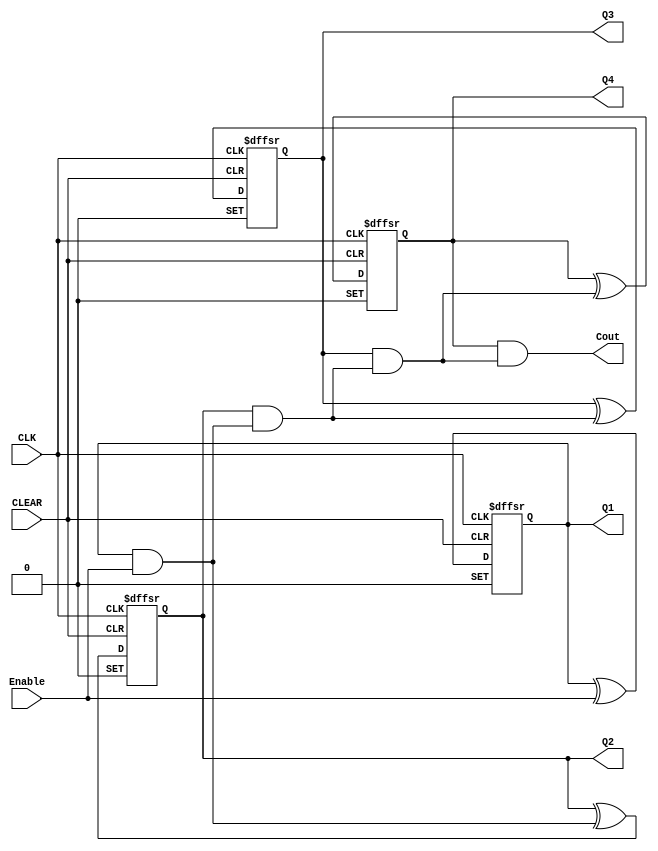
// Copyright (C) 2022  Intel Corporation. All rights reserved.
// Your use of Intel Corporation's design tools, logic functions 
// and other software and tools, and any partner logic 
// functions, and any output files from any of the foregoing 
// (including device programming or simulation files), and any 
// associated documentation or information are expressly subject 
// to the terms and conditions of the Intel Program License 
// Subscription Agreement, the Intel Quartus Prime License Agreement,
// the Intel FPGA IP License Agreement, or other applicable license
// agreement, including, without limitation, that your use is for
// the sole purpose of programming logic devices manufactured by
// Intel and sold by Intel or its authorized distributors.  Please
// refer to the applicable agreement for further details, at
// https://fpgasoftware.intel.com/eula.

// PROGRAM		"Quartus Prime"
// VERSION		"Version 21.1.1 Build 850 06/23/2022 SJ Standard Edition"
// CREATED		"Tue Nov  8 08:44:34 2022"

module lab10step2a(
	Enable,
	CLK,
	CLEAR,
	Q1,
	Q2,
	Q3,
	Q4,
	Cout
);


input wire	Enable;
input wire	CLK;
input wire	CLEAR;
output wire	Q1;
output wire	Q2;
output wire	Q3;
output wire	Q4;
output wire	Cout;

wire	SYNTHESIZED_WIRE_0;
wire	SYNTHESIZED_WIRE_14;
wire	SYNTHESIZED_WIRE_2;
reg	SYNTHESIZED_WIRE_15;
wire	SYNTHESIZED_WIRE_16;
reg	SYNTHESIZED_WIRE_17;
wire	SYNTHESIZED_WIRE_18;
wire	SYNTHESIZED_WIRE_6;
wire	SYNTHESIZED_WIRE_8;
reg	SYNTHESIZED_WIRE_19;
reg	SYNTHESIZED_WIRE_20;
wire	SYNTHESIZED_WIRE_21;

assign	Q1 = SYNTHESIZED_WIRE_19;
assign	Q2 = SYNTHESIZED_WIRE_20;
assign	Q3 = SYNTHESIZED_WIRE_15;
assign	Q4 = SYNTHESIZED_WIRE_17;
assign	SYNTHESIZED_WIRE_14 = 1;





always@(posedge CLK or negedge CLEAR or negedge SYNTHESIZED_WIRE_14)
begin
if (!CLEAR)
	begin
	SYNTHESIZED_WIRE_19 <= 0;
	end
else
if (!SYNTHESIZED_WIRE_14)
	begin
	SYNTHESIZED_WIRE_19 <= 1;
	end
else
	begin
	SYNTHESIZED_WIRE_19 <= SYNTHESIZED_WIRE_0;
	end
end


always@(posedge CLK or negedge CLEAR or negedge SYNTHESIZED_WIRE_14)
begin
if (!CLEAR)
	begin
	SYNTHESIZED_WIRE_20 <= 0;
	end
else
if (!SYNTHESIZED_WIRE_14)
	begin
	SYNTHESIZED_WIRE_20 <= 1;
	end
else
	begin
	SYNTHESIZED_WIRE_20 <= SYNTHESIZED_WIRE_2;
	end
end

assign	SYNTHESIZED_WIRE_18 = SYNTHESIZED_WIRE_15 & SYNTHESIZED_WIRE_16;

assign	Cout = SYNTHESIZED_WIRE_17 & SYNTHESIZED_WIRE_18;


always@(posedge CLK or negedge CLEAR or negedge SYNTHESIZED_WIRE_14)
begin
if (!CLEAR)
	begin
	SYNTHESIZED_WIRE_15 <= 0;
	end
else
if (!SYNTHESIZED_WIRE_14)
	begin
	SYNTHESIZED_WIRE_15 <= 1;
	end
else
	begin
	SYNTHESIZED_WIRE_15 <= SYNTHESIZED_WIRE_6;
	end
end


always@(posedge CLK or negedge CLEAR or negedge SYNTHESIZED_WIRE_14)
begin
if (!CLEAR)
	begin
	SYNTHESIZED_WIRE_17 <= 0;
	end
else
if (!SYNTHESIZED_WIRE_14)
	begin
	SYNTHESIZED_WIRE_17 <= 1;
	end
else
	begin
	SYNTHESIZED_WIRE_17 <= SYNTHESIZED_WIRE_8;
	end
end

assign	SYNTHESIZED_WIRE_0 = SYNTHESIZED_WIRE_19 ^ Enable;

assign	SYNTHESIZED_WIRE_2 = SYNTHESIZED_WIRE_20 ^ SYNTHESIZED_WIRE_21;

assign	SYNTHESIZED_WIRE_6 = SYNTHESIZED_WIRE_15 ^ SYNTHESIZED_WIRE_16;

assign	SYNTHESIZED_WIRE_8 = SYNTHESIZED_WIRE_17 ^ SYNTHESIZED_WIRE_18;

assign	SYNTHESIZED_WIRE_21 = SYNTHESIZED_WIRE_19 & Enable;

assign	SYNTHESIZED_WIRE_16 = SYNTHESIZED_WIRE_20 & SYNTHESIZED_WIRE_21;


endmodule